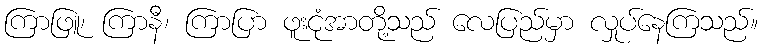
ကြာဖြူ၊ ကြာနီ၊ ကြာပြာ ဖူးငုံအာတို့သည် လေပြည်မှာ လှုပ်နေကြသည်။